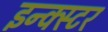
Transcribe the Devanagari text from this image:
इन्क्स्टर